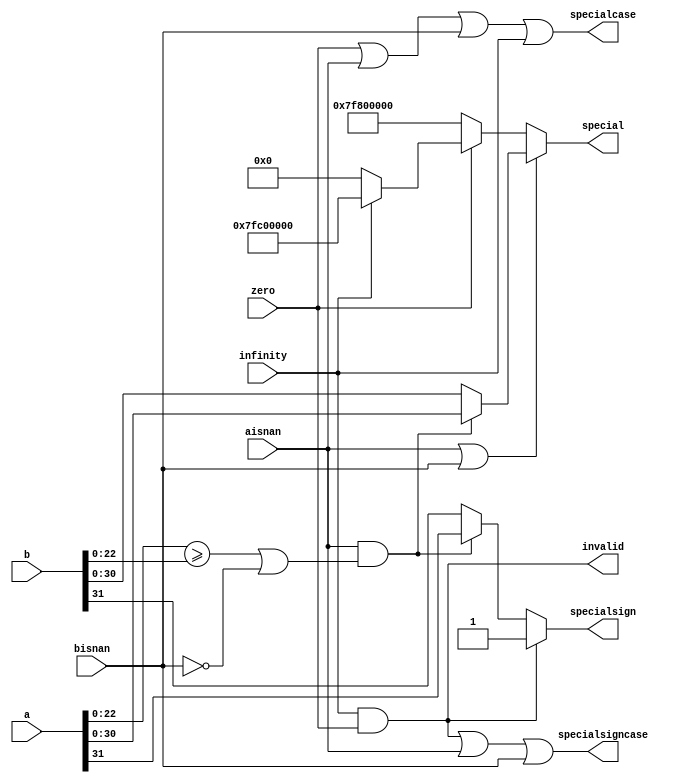
`define NWIDTH 6'b010100
`define BLOCKWIDTH 4'b0111
`define DDRWIDTH 7'b0100000
`define DDRNUMDQS 4'b0100
`define DDRSIZEWIDTH 6'b011000
`define BURSTLEN 3'b010
`define MEMCONWIDTH 8'b01000000
`define MEMCONNUMBYTES 5'b01000
`define RAMWIDTH 12'b010000000000
`define RAMNUMBYTES 9'b010000000
`define RAMSIZEWIDTH 4'b0111
`define TOPWIDTH 7'b0100000
`define rFIFOINPUTWIDTH 8'b01000000
`define wFIFOINPUTWIDTH 12'b010000000000
`define mFIFOWIDTH 6'b011100
`define aFIFOWIDTH 4'b0111
`define SIMULATION_MEMORY
`define BLOCKM 8'b01000000
`define BLOCKN 8'b01000000
`define BLOCKMDIVK 3'b010
`define MEMBLOCKM 7'b0100000
`define MEMBLOCKN 7'b0100000
`define NWIDTH 6'b010100
`define BLOCKWIDTH 4'b0111
`define DDRSIZEWIDTH 6'b011000
`define RAMSIZEWIDTH 4'b0111
`define START 1'b0 //0
`define SETUP 2'b01 //1
`define FIRST 3'b010 //2
`define MODE0_SETUP 3'b011 //3
`define MODE0_WAIT 4'b0100 //4
`define MODE0 4'b0101 //5
`define MODE1_SETUP 4'b0110 //6
`define MODE1_WAIT 4'b0111 //7
`define MODE1 5'b01000 //8
`define MODE2_SETUP 5'b01001 //9
`define MODE2_WAIT 5'b01010 //10
`define MODE2 5'b01011 //11
`define MODE3_SETUP 5'b01100 //12
`define MODE3_WAIT 5'b01101 //13
`define MODE3 5'b01110 //14
`define STALL 5'b01111 //15
`define STALL_WAIT 6'b010000 //16
`define WAIT 6'b010001 //17
`define FINAL_WRITE 6'b010010 //18
`define FINAL_WAIT 6'b010011 //19
`define IDLE 6'b010100 //20
`define LAST_SETUP 6'b010101 //21
`define LAST_SETUP_WAIT 6'b010110 //22
`define LAST 6'b010111 //23
`define LAST_WAIT 6'b011000 //24
`define MEM_IDLE 1'b0 //0
`define MEM_WRITE 2'b01 //1
`define MEM_WRITE_WAIT 3'b010 //2
`define MEM_CHECK_DONE 3'b011 //3
`define MEM_READ 4'b0100 //4
`define MEM_READ_WAIT 4'b0101 //5
`define MEM_DONE 4'b0110 //6
`define MEM_WAIT_DONE 4'b0111 //7
`define rRAMSIZEWIDTH 7
`define cSETUP 4'b0000
`define cSTART 4'b0001
`define cFETCH_COL 4'b0010
`define cWAIT_COL 4'b0011
`define cFIND_REC 4'b0100
`define cMULT_COL 4'b0101
`define cUPDATE_J 4'b0110
`define cSTORE_MO 4'b0111
`define cMULT_SUB 4'b1000
`define cINCRE_I 4'b1001
`define cWAIT 4'b1010
`define cDONE 4'b1011
`define cSTORE_DIAG 4'b1100
`define cSTORE_DIAG2 4'b1101
`define cSTART_FETCH_ROW 4'b1110
`define cROW_WAIT 2'b00
`define cFETCH_ROW 2'b01
`define cDONE_FETCH_ROW 2'b10
`define cLOAD_ROW_INC_J 2'b11
`define PRECISION 7'b0100000
`define NUMPE 7'b0100000
`define PEWIDTH 4'b0101
`define BLOCKWIDTH 4'b0111
`define RAMWIDTH 12'b010000000000
`define RAMNUMBYTES 9'b010000000
`define RAMSIZEWIDTH 4'b0111
`define TOPSIZEWIDTH 5'b01100
`define TOPINPUTDELAY 3'b011
`define TOPOUTPUTDELAY 2'b01
`define MEMINPUTDELAY 3'b010
`define MEMOUTPUTDELAY 2'b01
`define TOPWIDTH 7'b0100000
//`define rFIFOINPUTWIDTH 64
`define rFIFOSIZE 256
`define rFIFOSIZEWIDTH 8
`define rFIFOOUTPUTWIDTH 1024
`define rFIFORSIZEWIDTH 4
	`define wFIFOINPUTWIDTH 12'b010000000000
	`define wFIFOSIZE 6'b010000
	`define wFIFOSIZEWIDTH 4'b0100
	`define wFIFOOUTPUTWIDTH 8'b01000000
	`define wFIFORSIZEWIDTH 5'b01000
`define aFIFOSIZE 6'b010000
`define aFIFOSIZEWIDTH 4'b0100
`define aFIFOWIDTH 4'b0111
`define mFIFOSIZE 16
`define mFIFOSIZEWIDTH 4
//`define mFIFOWIDTH 28
`define BURSTLEN 3'b010
`define BURSTWIDTH 3'b010
`define DATAWIDTH 12'b010000000000
`define DATANUMBYTES 9'b010000000
`define MEMCONWIDTH 8'b01000000
`define MEMCONNUMBYTES 5'b01000
`define DDRSIZEWIDTH 6'b011000
`define FIFOSIZE 6'b010000
`define FIFOSIZEWIDTH 4'b0100
`define RAMWIDTH 12'b010000000000
`define RAMNUMBYTES 9'b010000000
`define RAMSIZEWIDTH 4'b0111
`define RATIO 6'b010000
`define RAMLAT 4'b0101
`define dIDLE 0
`define dWRITE 1
`define dREAD 2
`define ZERO        8'b00000000  
`define ONE         8'b00000001  
`define TWO         8'b00000010  
`define THREE 		  8'b00000011  
`define FOUR		  8'b00000100  
`define FIVE		  8'b00000101  
`define SIX         8'b00000110  
`define SEVEN       8'b00000111  
`define EIGHT       8'b00001000  
`define NINE        8'b00001001  
`define TEN         8'b00001010  
`define ELEVEN      8'b00001011  
`define TWELVE      8'b00001100  
`define THIRTEEN    8'b00001101  
`define FOURTEEN    8'b00001110  
`define FIFTEEN     8'b00001111  
`define SIXTEEN     8'b00010000  
`define SEVENTEEN   8'b00010001  
`define EIGHTEEN	  8'b00010010  
`define NINETEEN    8'b00010011  
`define TWENTY		  8'b00010100  
`define TWENTYONE   8'b00010101  
`define TWENTYTWO   8'b00010110  
`define TWENTYTHREE 8'b00010111  
`define TWENTYFOUR  8'b00011000  
`define WEXP	8  
`define WSIG	23  
`define WFLAG	5  
`define WCONTROL 5  
`define DIVZERO 	0  
`define INVALID 	1  
`define INEXACT 	2  
`define OVERFLOW 	3  
`define UNDERFLOW	4  
`define WIDTH 		32 	//(`WEXP + `WSIG + 1)  
`define PRODWIDTH	48 	//(2 * (`WSIG + 1))  
`define SHIFTWIDTH	96 	//(2 * `PRODWIDTH))  
`define WPRENORM	24	// `WSIG + 1  
`define WEXPSUM		10	// `WEXP + 2  
`define BIAS		127	// (2^(`WEXP)) - 1  
`define WSIGMINUS1	22	// `WSIG - 1, used for rounding  
`define WSHIFTAMT	5	// log2(`WSIG + 1) rounded up  
`define UNDERBIAS	192	// 3 * 2 ^ (`WEXP -2)  
`define OVERBIAS	-192	// -`UNDERBIAS  
`define	EXTRASIG	25		// `WSIG+2 this is the amount of precision needed so no  
`define	SHIFT		5		// # bits the max alignment shift will fit in (log2(`WSIG+2)  
`define	MAX_EXP		8'b11111110	// the maximum non-infinite exponent,  
`define	INF_EXP		8'b11111111	// Infinity exponent, `WEXP bits, all 1  
`define	MAX_SIG		23'b11111111111111111111111  
`define	WEXP_0		8'b0		// Exponent equals `WEXP'b0  
`define	WEXP_1		8'b1		// Exponent equals one `WEXP'b1  
`define	WSIG_0		23'b0		// Significand equals zero `WSIG'b0  
`define	WSIG_1		23'b1		// Significand equals one `WSIG'b1  
`define	EXTRASIG_0	25'b0		// All result bits for adder zero `EXTRASIG'b0  
`define	MAXSHIFT	24		// `WSIG + 1  
`define CONSTNAN	{9'b111111111,22'b0}  
`define CONSTZERO	31'b0  
`define CONSTINFINITY	{8'b11111111, 23'b0}  
`define CONSTLARGEST	{`MAX_EXP, `MAX_SIG}  
`define PRESHIFTZEROS  48'b0 // `PRODWIDTH'b0  

module special (a, b, special, specialsign,  
		zero, aisnan, bisnan, infinity,  
		invalid, specialcase, specialsigncase); 
 
  // external signals 
  input	[`WIDTH-1:0] 	a, b;		// floating-point inputs 
  output [`WIDTH-2:0]	special;	// special case output, exp + sig 
  output		specialsign;	// the special-case sign 
  input			zero;		// is there a zero? 
  input			aisnan;		// NaN detected in A 
  input			bisnan;		// NaN detected in B 
  input			infinity;	// infinity detected 
  output		invalid;	// invalid operation 
  output		specialcase;	// this is a special case 
  output		specialsigncase; // Use the special sign 
 
  // internal signals 
  wire			infandzero;	// infinity and zero detected 
  wire	[`WIDTH-2:0]	highernan;	// holds inputed NaN, the higher if two are input, 
					// and dont care if neither a nor b are NaNs 
  wire			aishighernan;	// a is the higher NaN 
 
  assign infandzero	= (infinity & zero); 
 
  //#######SPECIAL ASSIGNMENT###### 
  // #######return higher NaN########## 
  // Use this block if you want to return the higher of two NaNs 
 
  assign aishighernan = (aisnan & ((a[`WSIG-1:0] >= b[`WSIG-1:0]) | ~bisnan)); 
 
  assign highernan[`WIDTH-2:0] = aishighernan ? a[`WIDTH-2:0] : b[`WIDTH-2:0]; 
 
  assign special[`WIDTH-2:0] = (aisnan | bisnan) ? (highernan[`WIDTH-2:0]) :  
			(zero ?  
			(infinity ? (`CONSTNAN) : (`CONSTZERO)) : (`CONSTINFINITY)); 
  // #######return first NaN########## 
  // Use this block to return the first NaN encountered 
//  assign special	= aisnan ? (a[`WIDTH-2:0]) :  
//			(bisnan ? (b[`WIDTH-2:0]) :  
//			(zero ?  
//			(infinity ? (`CONSTNAN) : (`CONSTZERO)) : (`CONSTINFINITY))); 
  //######END SPECIAL ASSIGNMENT####### 
 
  assign specialcase	= zero | aisnan | bisnan | infinity; 
 
  assign invalid	= infandzero; //*** need to include something about signaling NaNs here 
 
  // dont need to check if b is NaN, if it defaults to that point, and b isnt NAN 
  // then it wont be used anyway 
  assign specialsign	= infandzero ? (1'b1) : (aishighernan ? a[`WIDTH-1] : b[`WIDTH-1]); 
 
  assign specialsigncase = infandzero | aisnan | bisnan; 
 
endmodule